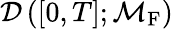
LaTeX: \mathcal{D}\left([0,T];\mathcal{M}_{\mathrm{F}}\right)